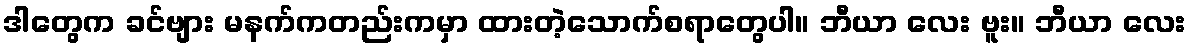
ဒါတွေက ခင်ဗျား မနက်ကတည်းကမှာ ထားတဲ့သောက်စရာတွေပါ။ ဘီယာ လေး ဗူး။ ဘီယာ လေး